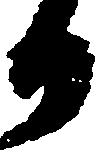
日